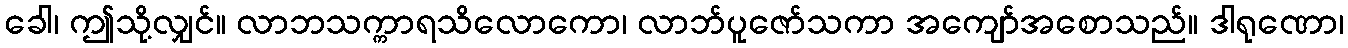
ခေါ၊ ဤသို့လျှင်။ လာဘသက္ကာရသိလောကော၊ လာဘ်ပူဇော်သကာ အကျော်အစောသည်။ ဒါရုဏော၊